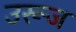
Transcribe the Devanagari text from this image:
उरूज